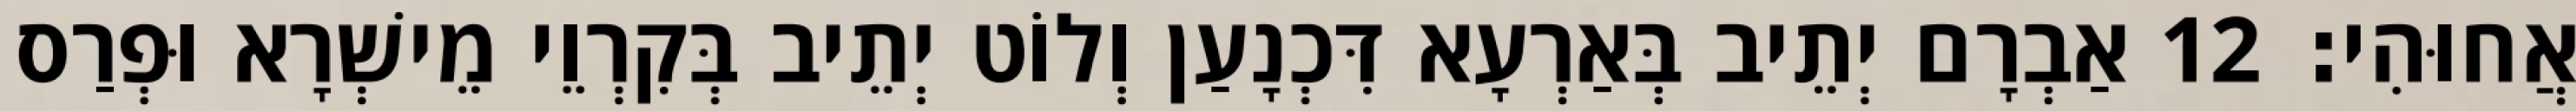
אֲחוּהִי׃ 12 אַבְרָם יְתֵיב בְּאַרְעָא דִּכְנָעַן וְלוֹט יְתֵיב בְּקִרְוֵי מֵישְׁרָא וּפְרַס